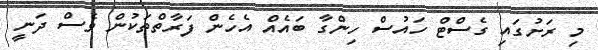
މި ރަށުގައި ގެސްޓް ހައުސް ހިންގާ ބައެއް އެހެން ފަރާތްތަކުން ވެސް ދަނީ